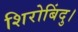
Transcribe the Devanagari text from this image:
शिरोबिंदु।